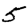
Digit: 5